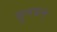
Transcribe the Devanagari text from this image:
हुनयन्